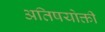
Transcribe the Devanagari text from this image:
अतिषयोक्ती